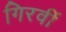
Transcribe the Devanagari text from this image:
गिरवीं